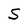
Character: S